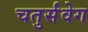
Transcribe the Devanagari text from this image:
चतुर्संवेग